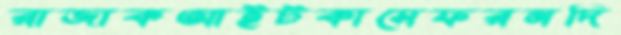
রাজাকআইটকাসেফরনদি